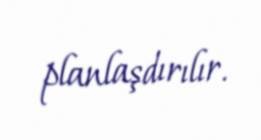
planlaşdırılır.